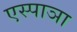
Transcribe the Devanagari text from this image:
एस्पाञा